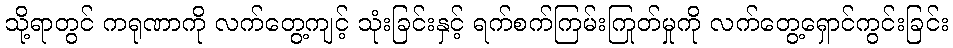
သို့ရာတွင် ကရုဏာကို လက်တွေ့ကျင့် သုံးခြင်းနှင့် ရက်စက်ကြမ်းကြုတ်မှုကို လက်တွေ့ရှောင်ကွင်းခြင်း